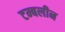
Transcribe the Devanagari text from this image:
टम्बलीन